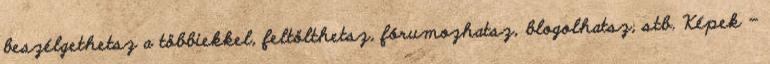
beszélgethetsz a többiekkel, feltölthetsz, fórumozhatsz, blogolhatsz, stb. Képek -